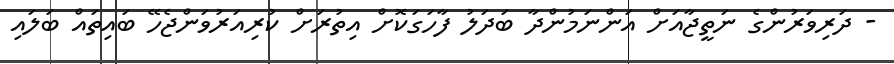
- ދަރިވަރުންގެ ނަތީޖާއަށް އަންނަމުންދާ ބަދަލު ފާހަގަކޮށް އިތުރަށް ކުރިއަރުވަންޖެހޭ ބައިތައް ބަލައި